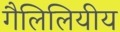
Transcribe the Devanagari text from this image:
गैलिलियीय